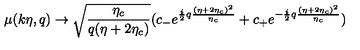
\mu ( k \eta , q ) \rightarrow \sqrt { \frac { \eta _ { c } } { q ( \eta + 2 \eta _ { c } ) } } ( c _ { - } e ^ { \frac { i } { 2 } q \frac { ( \eta + 2 \eta _ { c } ) ^ { 2 } } { \eta _ { c } } } + c _ { + } e ^ { - \frac { i } { 2 } q \frac { ( \eta + 2 \eta _ { c } ) ^ { 2 } } { \eta _ { c } } } )